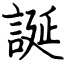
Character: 誕